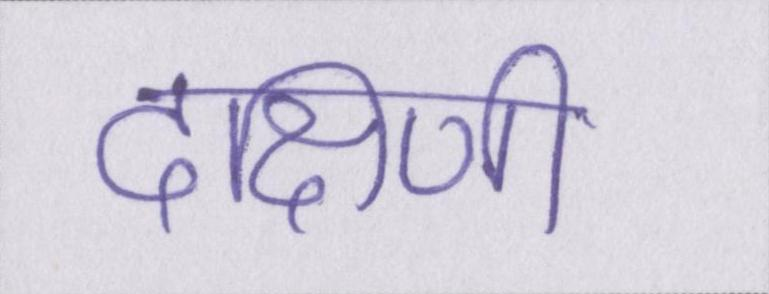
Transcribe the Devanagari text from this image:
दक्षिणी